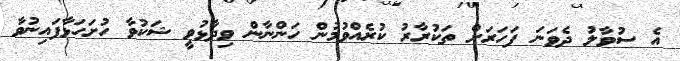
އެ ސުވާލު ދެވަނަ ފަހަރަށް ތަކުރާރު ކުރެއްވުމުން ހަންނާން ވިދާޅުވީ ޝަކުވާ ހުށަހަޅާފައިނުވާ